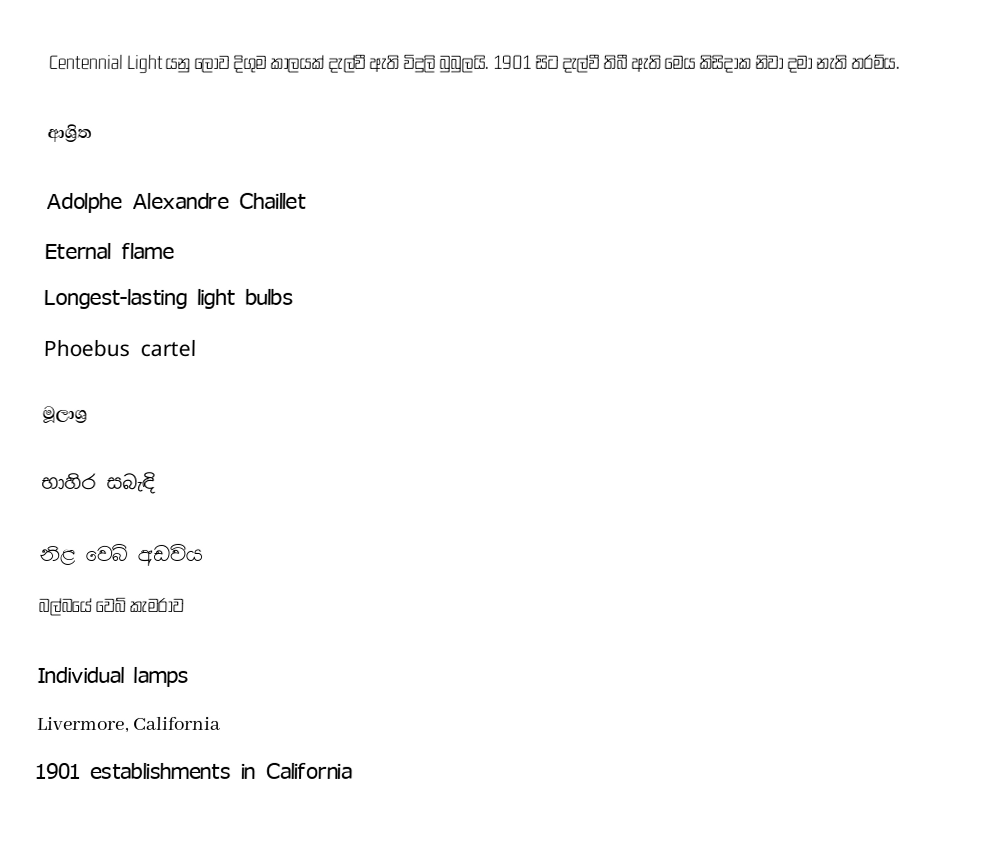
Centennial Light යනු ලොව දිගුම කාලයක් දැල්වී ඇති විදුලි බුබුලයි. 1901 සිට දැල්වී තිබී ඇති මෙය කිසිදාක නිවා දමා නැති තරම්ය.

ආශ්‍රිත

Adolphe Alexandre Chaillet
Eternal flame
Longest-lasting light bulbs
Phoebus cartel

මූලාශ්‍ර

භාහිර සබැඳි

නිළ වෙබ් අඩවිය
බල්බයේ වෙබ් කැමරාව

Individual lamps
Livermore, California
1901 establishments in California